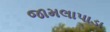
જામલાપાડા